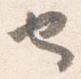
也